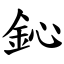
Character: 鈊